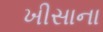
ખીસાના